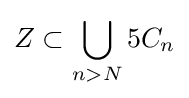
Z\subset \bigcup _{n>N}5C_{n}